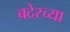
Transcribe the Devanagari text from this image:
बदेरच्या